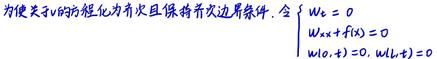
为使关于\(v\)的方程化为齐次且保持齐次边界条件，令
\[
\begin{cases}
w_x = 0 \\
w_{xx}+f(x)=0 \\
w(x,t)=w(x,t = 0)
\end{cases}
\]